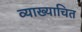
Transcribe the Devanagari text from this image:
व्याख्याचित